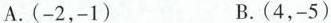
A.(-2，-1) B.(4，-5)